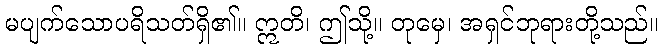
မပျက်သောပရိသတ်ရှိ၏။ ဣတိ၊ ဤသို့။ တုမှေ၊ အရှင်ဘုရားတို့သည်။